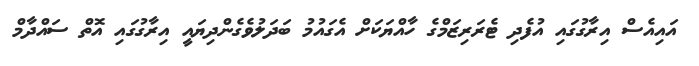
އައިއެސް އިރާގުގައި އުފެދި ޓެރަރިޒަމްގެ ހާއްޔަކަށް އެގައުމު ބަދަލުވެގެންދިޔައީ އިރާގުގައި އޮތް ސައްދާމް